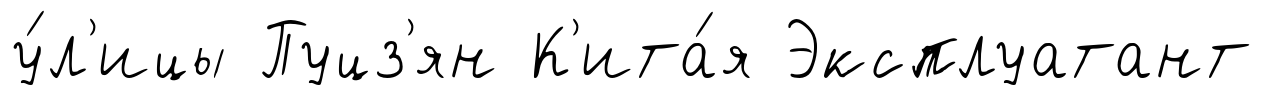
у́л'ицы Пуцз'ян К'ита́я Эксплуатант